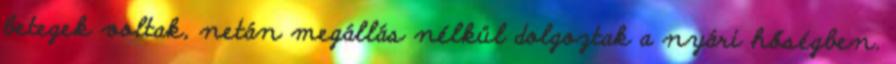
betegek voltak, netán megállás nélkül dolgoztak a nyári hőségben.